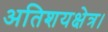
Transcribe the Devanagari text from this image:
अतिशयक्षेत्र।